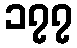
၁၇၇